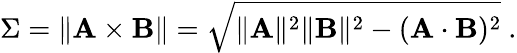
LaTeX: \Sigma=\| \mathbf{A\times B}\| ={\sqrt{\| \mathbf{A}\| ^{2}\| \mathbf{B}\| ^{2}-(\mathbf{A\cdot B})^{2}}}\ .